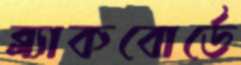
ব্ল্যাকবোর্ডে